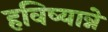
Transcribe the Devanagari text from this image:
हविष्यान्ने